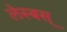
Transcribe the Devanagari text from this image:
लेस्बस्